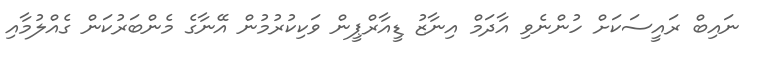
ނައިބް ރައީސަކަށް ހުންނެވި އާދަމް އިނާޒު ޑީއާރްޕީން ވަކިކުރުމުން އޭނާގެ މެންބަރުކަން ގެއްލުމާއި